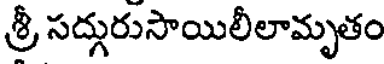
శ్రీ సద్గురుసాయిలీలామృతం